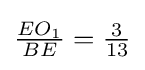
{\tfrac {EO_{1}}{BE}}={\tfrac {3}{13}}